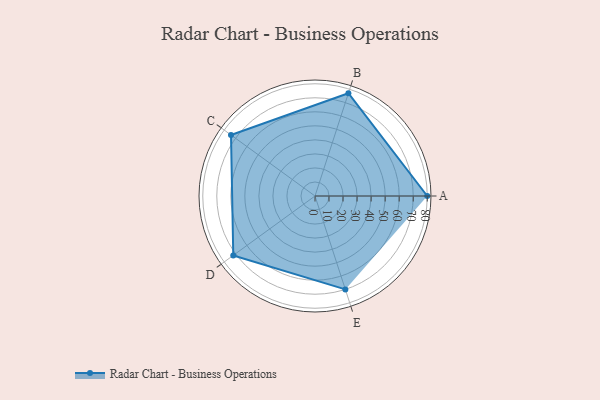
{"axis": {"x": "Skill", "y": "Score"}, "legend": ["Profile"], "data": [{"x": "A", "y": 80.0, "type": "Profile"}, {"x": "B", "y": 77.0, "type": "Profile"}, {"x": "C", "y": 74.0, "type": "Profile"}, {"x": "D", "y": 72.0, "type": "Profile"}, {"x": "E", "y": 70.0, "type": "Profile"}]}